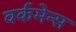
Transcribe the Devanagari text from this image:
वर्कमेन्स